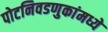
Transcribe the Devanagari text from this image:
पोटनिवडणुकांमध्ये